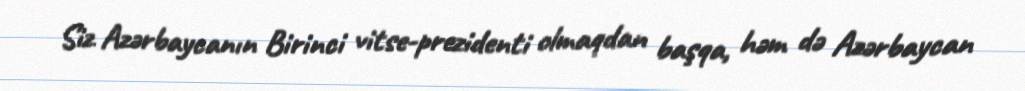
Siz Azərbaycanın Birinci vitse-prezidenti olmaqdan başqa, həm də Azərbaycan